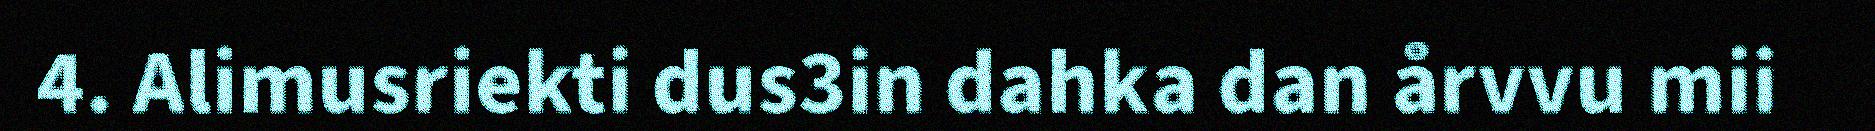
4. Alimusriekti dus3in dahka dan årvvu mii